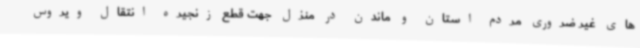
های غیر ضروری مردم استان و ماندن در منزل جهت قطع زنجیره انتقال ویروس